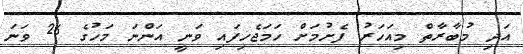
އަދި މުބާރާތް މިއަހަރު ފެށުމަށް ހަމަޖެހިފައި ވަނީ އަންނަ މަހުގެ 26 ވަނަ